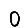
Digit: 0